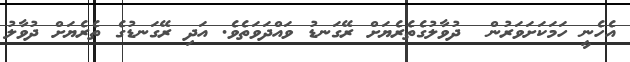
އެހެނީ ހަމަކަށަވަރުން  ދުވާލުގެތެރެޔަށް ރޭގަނޑު ވައްދަވަތެވެ. އަދި ރޭގަނޑުގެ ތެރެޔަށް ދުވާލު